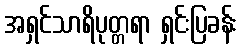
အရှင်သာရိပုတ္တရာ ရှင်းပြခန်း